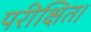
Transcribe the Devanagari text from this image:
परीक्षित।